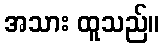
အသား ထူသည်။